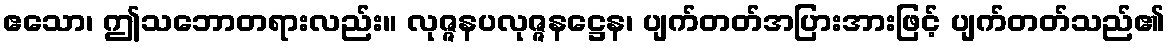
ဧသော၊ ဤသဘောတရားလည်း။ လုဇ္ဇနပလုဇ္ဇနဋ္ဌေန၊ ပျက်တတ်အပြားအားဖြင့် ပျက်တတ်သည်၏